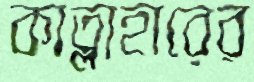
কাত্লাহারের